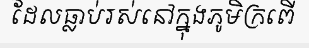
ដែលធ្លាប់រស់នៅក្នុងភូមិក្រពើ